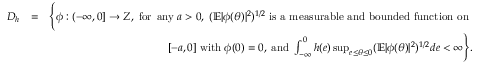
\begin{array} { r l r } { { \cal D } _ { h } } & { = } & { \Bigg \{ \phi : ( - \infty , 0 ] \rightarrow { \cal Z } , \; \mathrm { f o r \; \, a n y } \; a > 0 , \; ( \mathbb { E } | \phi ( \theta ) | ^ { 2 } ) ^ { 1 / 2 } \; \mathrm { { i s ~ a ~ m e a s u r a b l e ~ a n d ~ b o u n d e d ~ f u n c t i o n ~ o n } ~ } } \\ & { } & { \; [ - a , 0 ] \; \mathrm { w i t h } \; \phi ( 0 ) = 0 , \; \mathrm { a n d } \; \int _ { - \infty } ^ { 0 } h ( e ) \operatorname* { s u p } _ { e \leq \theta \leq 0 } ( \mathbb { E } | \phi ( \theta ) | ^ { 2 } ) ^ { 1 / 2 } d e < \infty \Bigg \} . } \end{array}